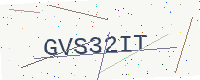
Text: GVS32IT